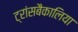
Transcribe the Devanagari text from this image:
ट्रांसबैकालिया